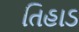
તિહાડ